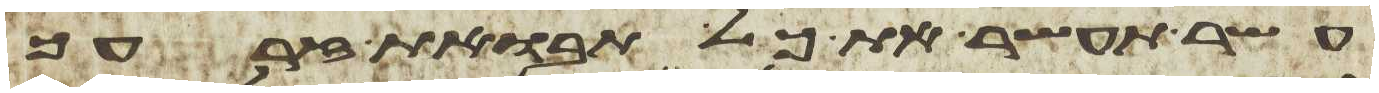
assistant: עשר תעשר את כל תבואת זרעך